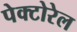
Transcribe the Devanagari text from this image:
पेक्टोरेल